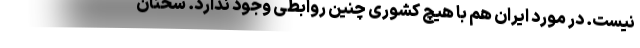
نیست. در مورد ایران هم با هیچ کشوری چنین روابطی وجود ندارد. سخنان